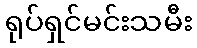
ရုပ်ရှင်မင်းသမီး